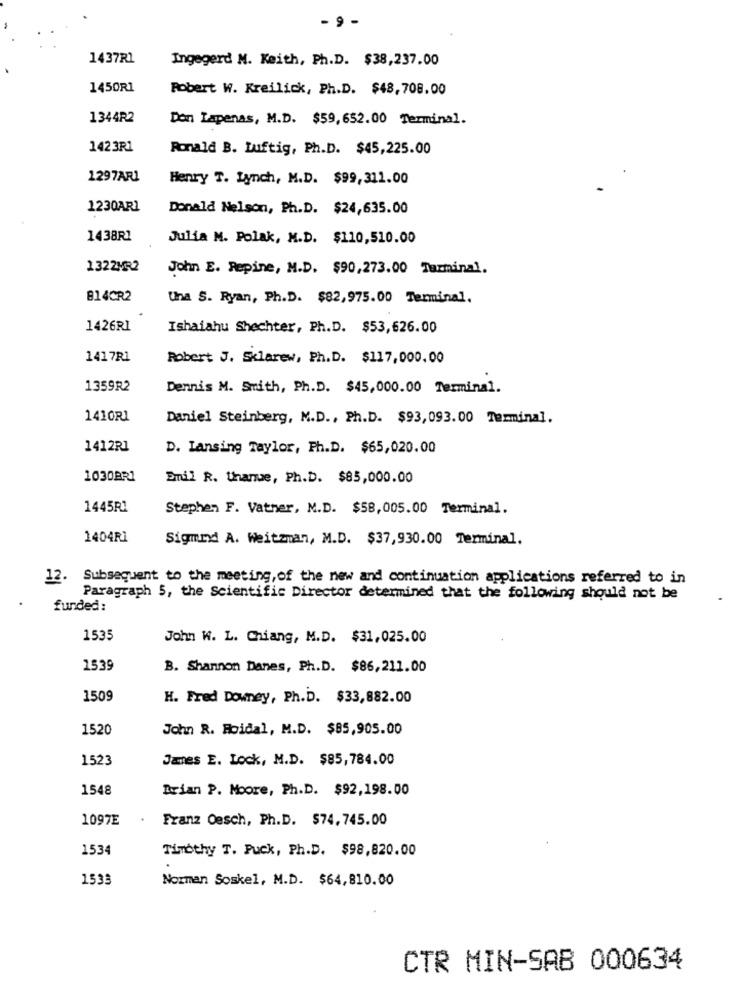
- 9 -
1437R1
Ingegerd M. Keith, Ph.D. $38,237.00
1450R1
Robert W. Kreilick, Ph.D. $48,708.00
1344R2
Don Lapenas, M.D. $59,652.00 Terminal.
1423R1
Ronald B. Luftig, Ph.D. $45,225.00
1297AR1
Henry T. Lynch, M.D. $99,311.00
1230AR1
Donald Nelson, Ph.D. $24,635.00
1438R1
Julia M. Polak, M.D. $110,510.00
1322MR2
John E. Repine, M.D. $90,273.00 Tazminal.
814CR2
Una S. Ryan, Ph.D. $82,975.00 Terminal.
1426RI
Ishaiahu Shechter, Ph.D. $53,626.00
1417R1
Robert J. Sklarew, Ph.D. $117,000.00
1359R2
Dennis M. Smith, Ph.D. $45,000.00 Terminal.
1410R1
Daniel Steinberg, M.D ., Ph.D. $93,093.00 Terminal.
1412R1
D. Lansing Taylor, Ph.D. $65,020.00
1030BR1
Emil R. Unamue, Ph.D. $85,000.00
1445R1
Stephen F. Vatner, M.D. $58,005.00 Terminal.
1404R1
Sigmed A. Weitzman, M.D. $37,930.00 Terminal.
12.
Subsequent to the meeting, of the new and continuation applications referred to in
Paragraph 5, the Scientific Director determined that the following should not be
funded:
1535
John W. L. Chiang, M.D. $31,025.00
1539
B. Shannon Danes, Ph.D. $86,211.00
1509
H. Fred Downey, Ph.D. $33,882.00
1520
John R. Roidal, M.D. $85,905.00
1523
Janes E. Lock, M.D. $85,784.00
1548
Brian P. Moore, Ph.D. $92,198.00
1097E
Franz Oesch, Ph.D. $74. 745.00
1534
Timothy T. Puck, Ph.D. $98,820.00
1533
Norman Soskel, M.D. $64,810.00
CTR MIN-SAB 000634